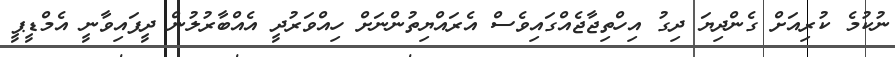
ނުކުމެ ކުރިއަށް ގެންދިޔަ ދިގު އިހްތިޖާޖެއްގައިވެސް އެރައްޔިތުންނަށް ހިއްވަރުދީ އެއްބާރުލުން ދީފައިވާނީ އެމްޑީޕީ